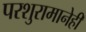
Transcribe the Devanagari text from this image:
परशुरामानेही